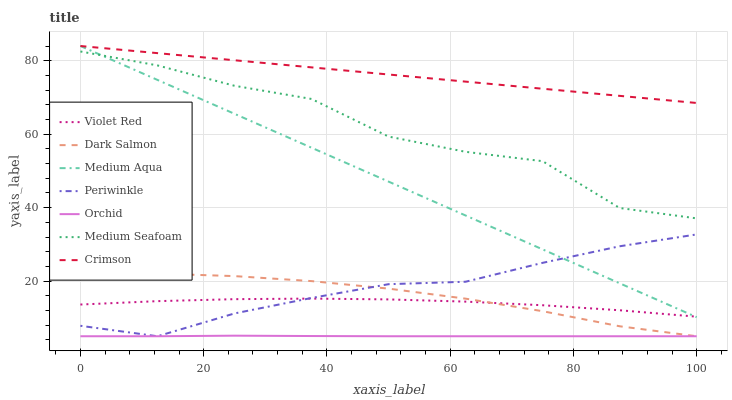
| xaxis_label | Violet Red | Dark Salmon | Medium Aqua | Periwinkle | Orchid | Medium Seafoam | Crimson |
 | --- | --- | --- | --- | --- | --- | --- | --- |
 | 0 | 13.6 | 22 | 84 | 7.85 | 5 | 82.5 | 84 |
 | 12.5 | 14.6 | 22 | 74.8 | 5 | 5 | 78.7 | 82.1 |
 | 25 | 15.1 | 21.4 | 65.5 | 11.2 | 5.16 | 73.2 | 80.1 |
 | 37.5 | 15.3 | 20 | 56.3 | 15.4 | 5.06 | 69.6 | 78.2 |
 | 50 | 15 | 18 | 47.1 | 19.2 | 5 | 59.4 | 76.2 |
 | 62.5 | 14.4 | 15.2 | 37.9 | 19.8 | 5 | 55.2 | 74.3 |
 | 75 | 13.4 | 11.8 | 28.6 | 25 | 5 | 52.6 | 72.4 |
 | 87.5 | 12.1 | 7.72 | 19.4 | 29.5 | 5 | 39.9 | 70.4 |
 | 100 | 10.3 | 5 | 10.2 | 32.7 | 5 | 37.1 | 68.5 |